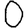
Digit: 0